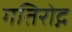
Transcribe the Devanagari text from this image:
गतिरोद्ग